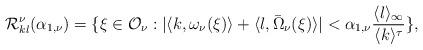
LaTeX: \begin{align*}\mathcal{R}_{kl}^{\nu}(\alpha_{1,\nu})=\{\xi\in\mathcal{O}_{\nu}:|\langle k,\omega_{\nu}(\xi)\rangle+\langle l,\bar{\Omega}_{\nu}(\xi)\rangle|<\alpha_{1,\nu}\frac{\langle l\rangle_{\infty}}{\langle k\rangle^{\tau}}\},\end{align*}